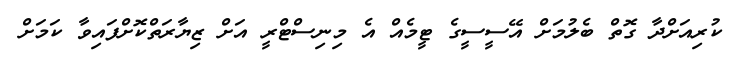
ކުރިއަށްދާ ގޮތް ބެލުމަށް އޭސީސީގެ ޓީމެއް އެ މިނިސްޓްރީ އަށް ޒިޔާރަތްކޮށްފައިވާ ކަމަށް